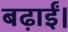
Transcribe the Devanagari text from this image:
बढ़ाईं।